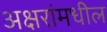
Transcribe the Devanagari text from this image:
अक्षरांमधील